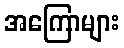
အကြောများ